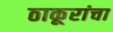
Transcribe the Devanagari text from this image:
ठाकूरांचा